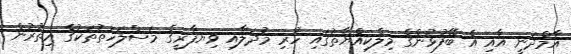
އާމްދަނީ އާއި އެ ބޭފުޅުންގެ މިލްކިއްޔާތުގައި ހުރި މުދަލާއި ވިޔފާރީގެ މަސްލަހަތުތަކުގެ އިތުރުން